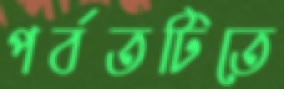
পর্বতটিতে